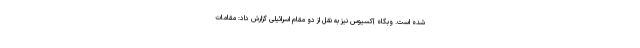
شده است. وبگاه آکسیوس نیز به نقل از دو مقام اسرائیلی گزارش داد: مقامات